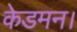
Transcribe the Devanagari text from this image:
केडमन।